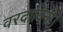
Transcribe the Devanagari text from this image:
वरदायिनी।